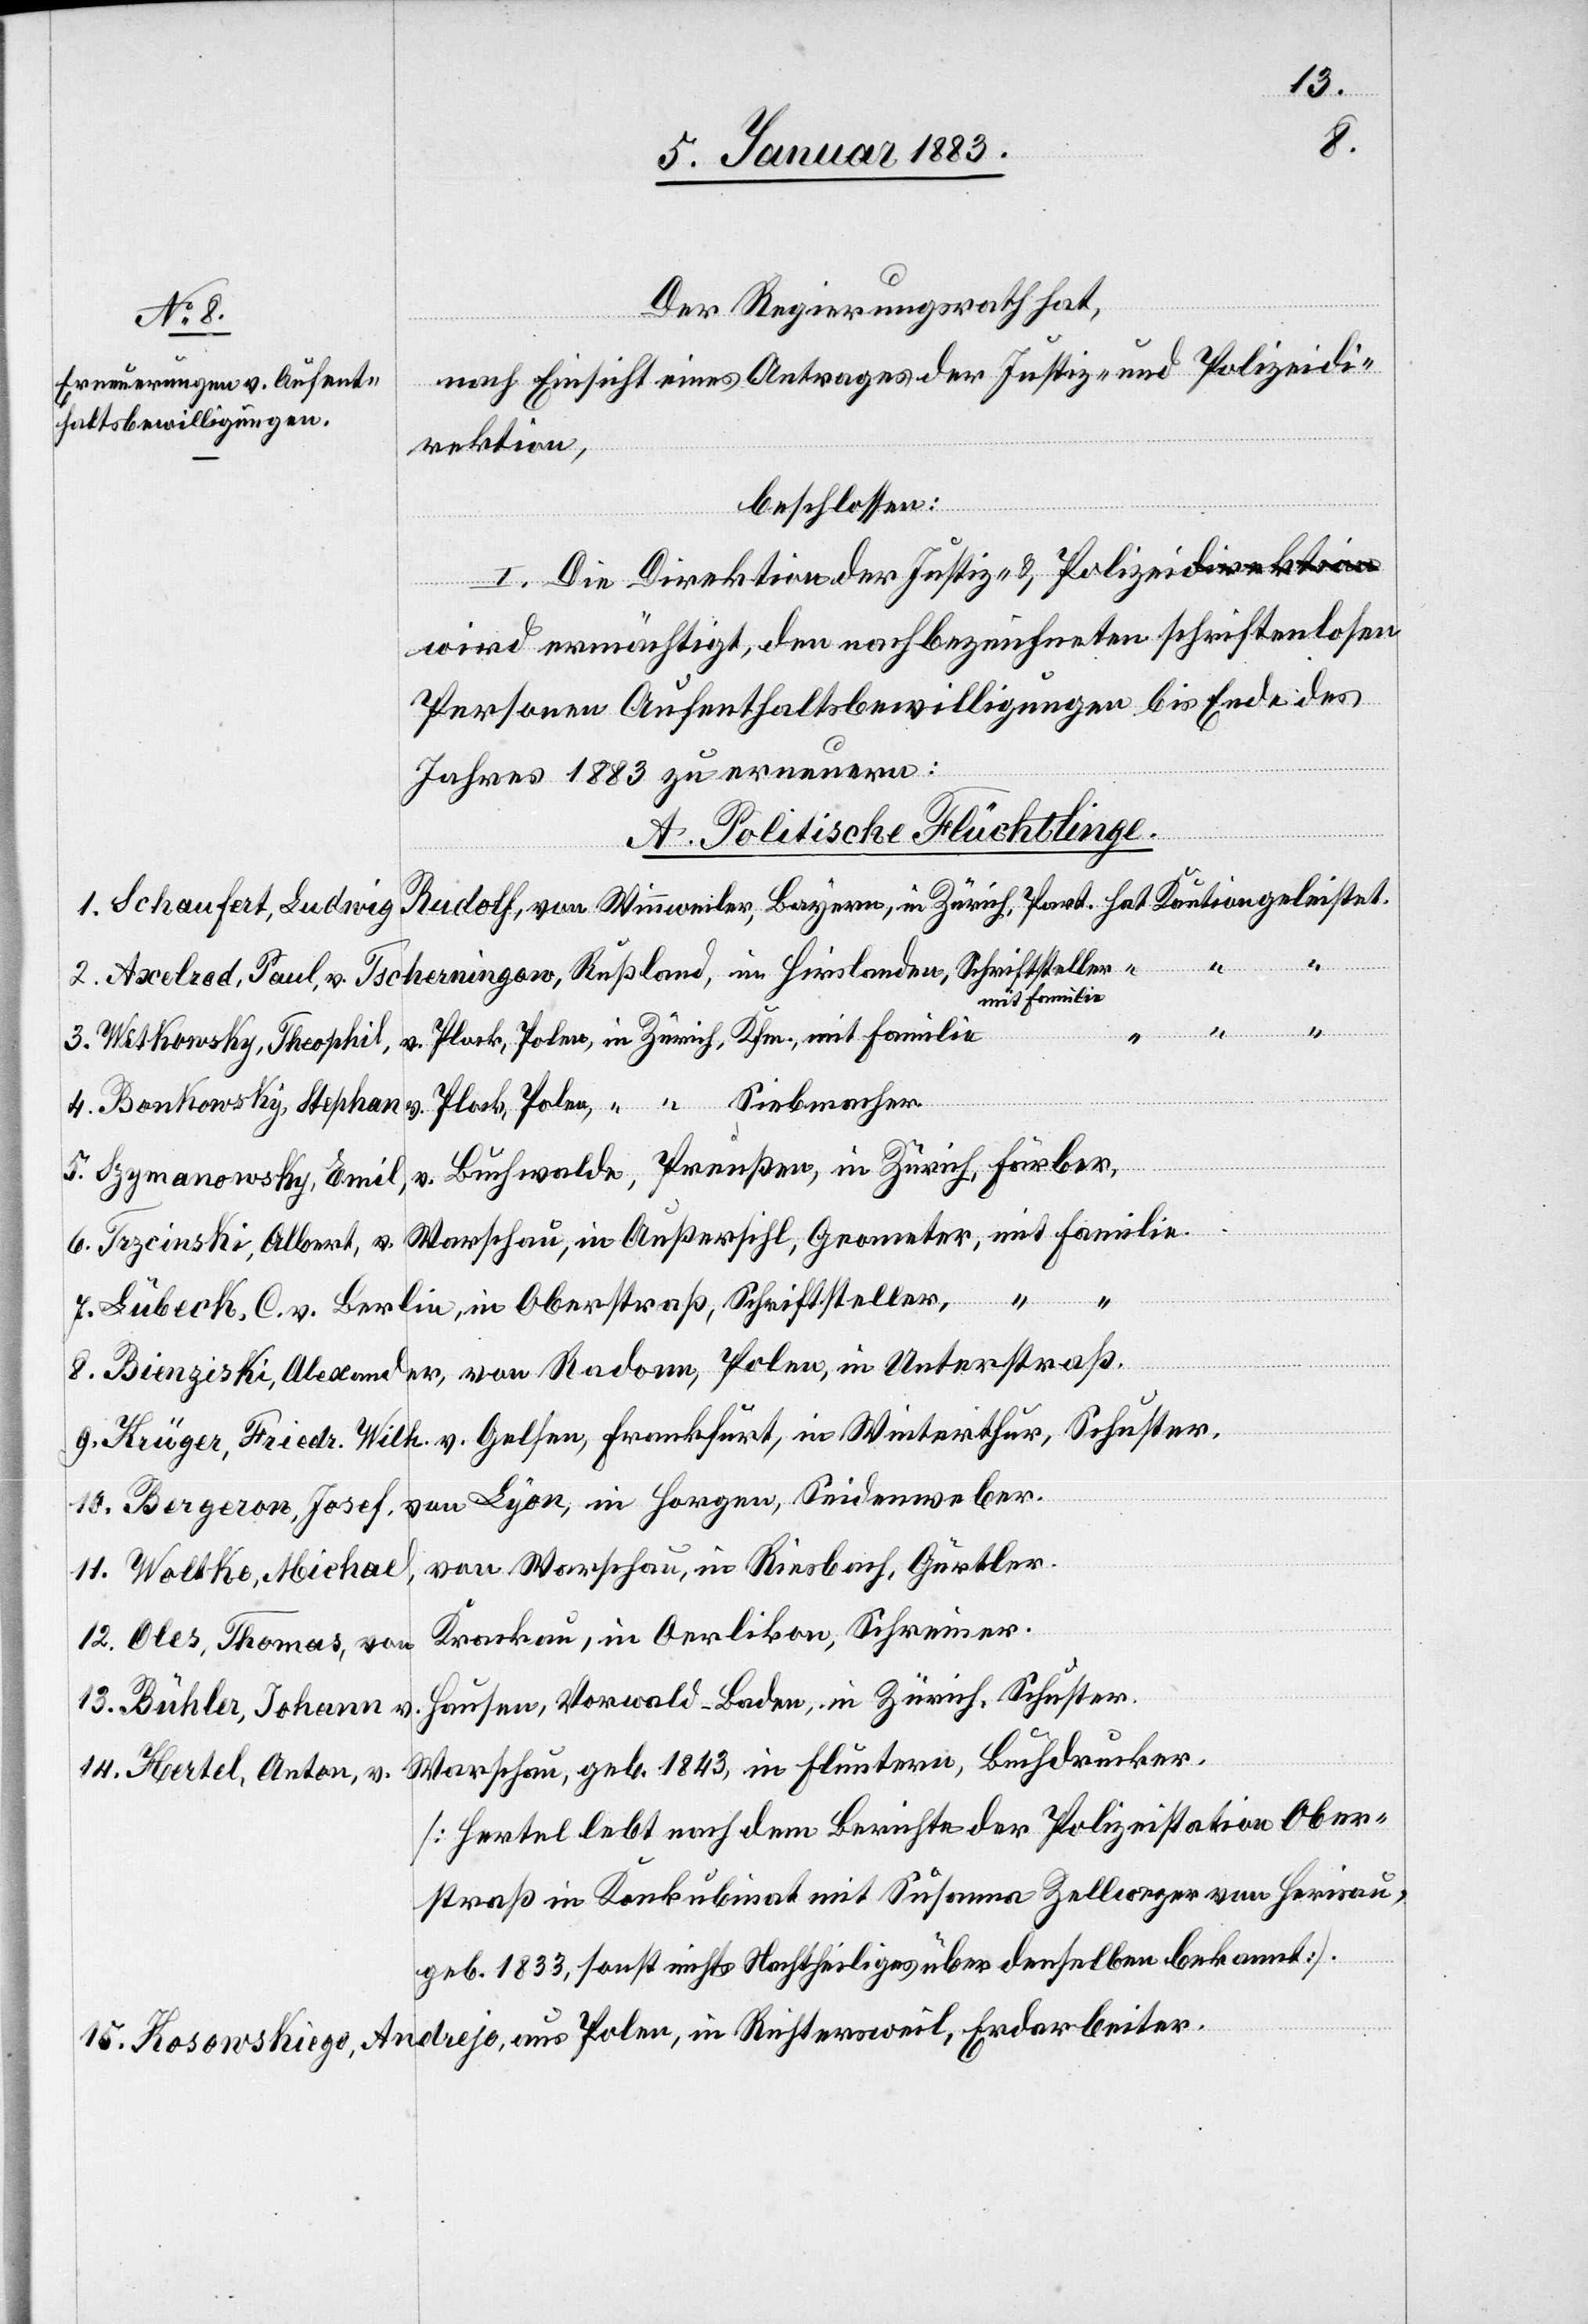
Der Regierungsrath hat,
nach Einsicht eines Antrages der Justiz- & Polizeidi¬
rektion,
beschlossen
I. Die Direktion der Justiz & Polizei wird ermächtigt,
Personen Aufenthaltsbewilligungen bis Ende des
Jahres 1883 zu erneuern:
A. Politische Flüchtlinge.
1. Schaufert, Ludwig Rudolf, von Winnweiler, Bayern, in Zürich, Part. hat Kaution geleistet.
den
nachbezeichneten schriftenlosen
2. Axelrod, Paul, v. Tscherningaw, Rußland, in Hirslanden, Schriftsteller
mit Familie
3. Witkowsky, Theophil, v. Plock, Polen, in Zürich, Kfm., mit Familie
4. Bonkowsky, Stephan v. Plock, Polen, “ “ Siebmacher
5. Szymanowsky, Emil, v. Buchwalde, Preußen, in Zürich, Färber,
6. Trzcinski, Albert, v. Warschau, in Außersihl, Geometer, mit Familie.
v.
7. Lubeck, C. v. Berlin, in Oberstraß, Schriftsteller,
8. Bienziski, Alexander, von Radonn, Polen, in Unterstraß.
9. Krüger, Friedr. Wilh. v. Gelfen, Frankfurt, in Winterthur, Schuster,
10. Bergeron, Josef, von Lyon, in Horgen, Seidenweber.
von Warschau, in Riesbach, Gürtler.
11. Woltke, Michael,
Krackau, in Oerlikon, Schreiner.
12. Oles, Thomas, von
Hausen, Vorwald - Baden, in Zürich, Schuster.
13. Bühler, Johann
Warschau, geb. 1843, in Fluntern, Buchdrucker.
14. Hertel, Anton, v.
[Hertel lebt nach dem Berichte der Polizeistation Ober¬
straß in Konkubinat mit Susanna Zellweger von Herisau,
geb. 1833, sonst nicht Nachtheiliges über denselben bekannt].
15. Kosowskiego, Andrejo, aus Polen, in Richtersweil, Erdarbeiter.